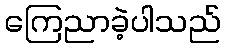
ကြေညာခဲ့ပါသည်